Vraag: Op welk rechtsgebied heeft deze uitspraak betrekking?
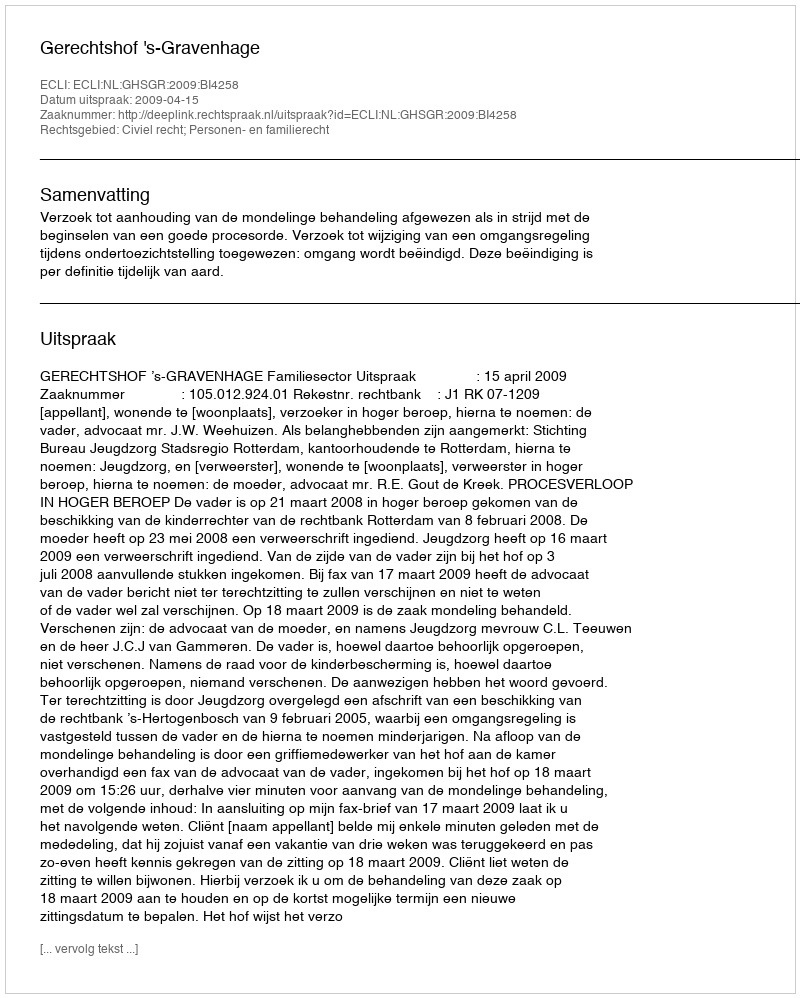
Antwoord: Civiel recht; Personen- en familierecht